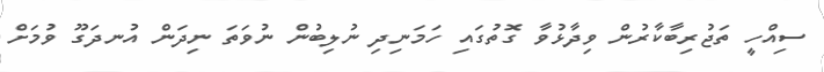
ސިއްހީ ތަޖުރިބާކާރުން ވިދާޅުވާ ގޮތުގައި ހަމަނިދި ނުލިބުން ނުވަތަ ނިދަން އުނދަގޫ ވުމަށް